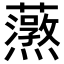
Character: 𬟚